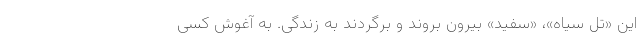
این «تل سیاه»، «سفید» بیرون بروند و برگردند به زندگی. به آغوش کسی